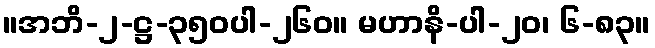
။အဘိ-၂-ဋ္ဌ-၃၅၀ပါ-၂၆၀။ မဟာနိ-ပါ-၂၀၊ ၆-၈၃။